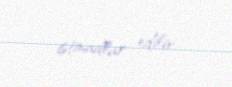
istinadlar edilir.